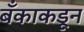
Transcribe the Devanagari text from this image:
बँकाकडून